Vaccination United Provinces of Agra and Oudh 1914-1922 - 1914-1922
Year: 1914
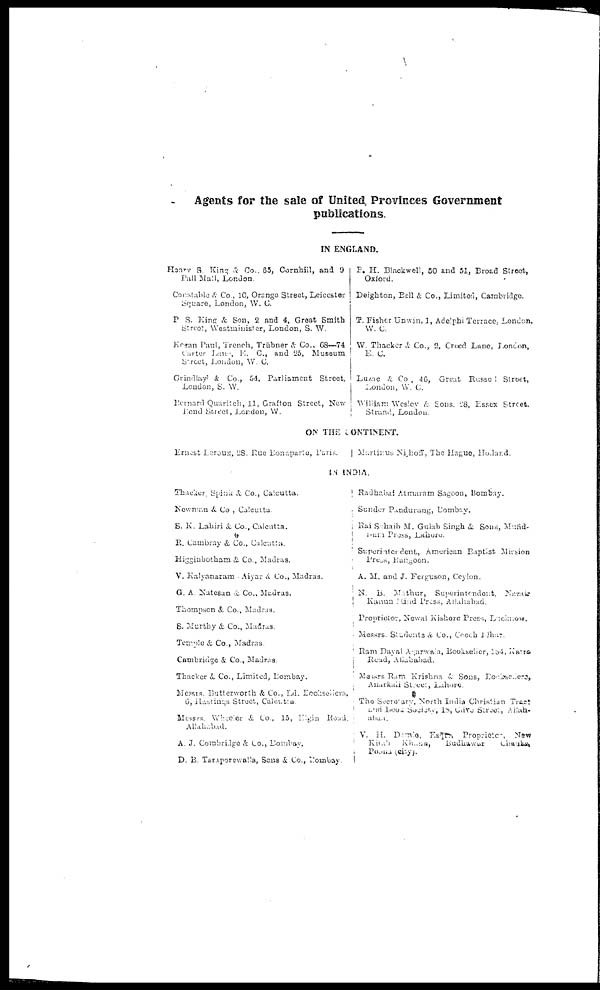
Agents for the sale of United Provinces Government
publications.
IN ENGLAND.
Henry S. King & Co., 65, Cornhill, and 9
Pall Mall, London.
Constable & Co., 10, Orango Street, Leicester
Square, London, W. C.
P. S. King & Son, 2 and 4, Great Smith
Street, Westminister, London, S. W.
Kegan Paul, Trench, Trübner & Co., 68—74
Carter Lane, E. C, and 25, Museum
Street, London, W. C.
Grindlay & Co., 54, Parliament Street,
London, S. W.
Bernard Quaritch, 11, Grafton Street, New
Bond Street, London, W.
B. H. Blackwell, 50 and 51, Broad Street,
Oxford.
Deighton, Bell & Co., Limited, Cambridge.
T. Fisher Unwin, 1, Adelphi Terrace, London,
W. C.
W. Thacker & Co., 2, Creed Lane, London,
E. C.
Luzac & Co., 46, Great Russel Street,
London, W. C.
William Wesley & Sons. 28, Essex Street.
Strand, London.
ON THE CONTINENT.
Ernest Leroux, 28. Rue Bonaparte, Paris.
Martinus Nijhoff, The Hague, Holand.
IN INDIA.
Thacker Spink & Co., Calcutta.
Newman & Co., Calcutta.
S. K. Lahiri & Co., Calcutta.
R. Cambray & Co., Calcutta.
Higginbotham & Co., Madras.
V. Kalyanaram Aiyar & Co., Madras.
G. A. Natesan & Co., Madras.
Thompson & Co., Madras.
S. Murthy & Co., Madras.
Temple & Co., Madras.
Cambridge & Co., Madras.
Thacker & Co., Limited, Bombay.
Messrs. Butterworth & Co., Ld. Booksellers,
6, Hastings Street, Calcutta.
Messrs. Wheeler & Co., 15, Elgin Road,
Allahabad.
A. J. Combridge & Co., Bombay.
D. B. Taraporewalla, Sons & Co., Bombay.
Radhabai Atmaram Sagoon, Bombay.
Sunder Pandurang, Bombay.
Rai Sahaib M. Gulab Singh & Sons, Mafid-
-am Press, Lahore.
Superintendent, American Baptist Mission
Press, Rangoon.
A. M. and J. Ferguson, Ceylon.
N. B. Mathur, Superintendent, Nazair
Kanun Hind Press, Allahabad.
Proprietor, Nowal Kishore Press, Lucknow.
Messrs. Students & Co., Cooch Bihar.
Ram Dayal Agarwala, Bookseller, 184, Katra
Read, Allahabad.
Messrs Ram Krishna & Sons, Booksellers,
Anarkali Street, Lahore.
The Secretary, North India Christian Treet
and Book Society, 18, Clive Street, Allah-
abad.
V. H. Damle, Esqt., Proprieter, New
Kitab
Khans,
Budhawar
Chauke,
Poona, (city).